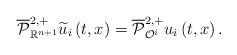
\begin{align*}\overline{\mathcal{P}}_{\mathbb{R}^{n+1}}^{2,+}\widetilde{u}_{i}\left(t,x\right)=\overline{\mathcal{P}}_{\mathcal{O}^{i}}^{2,+}u_{i}\left(t,x\right).\end{align*}